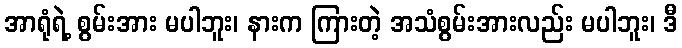
အာရုံရဲ့ စွမ်းအား မပါဘူး၊ နားက ကြားတဲ့ အသံစွမ်းအားလည်း မပါဘူး၊ ဒီ